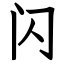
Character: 闪